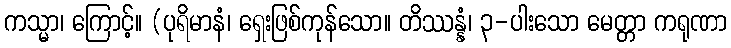
ကသ္မာ၊ ကြောင့်။ (ပုရိမာနံ၊ ရှေးဖြစ်ကုန်သော။ တိဿန္နံ၊ ၃-ပါးသော မေတ္တာ ကရုဏာ